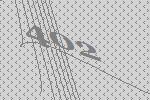
402